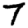
Digit: 7